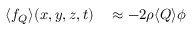
\begin{array} { r l } { \langle { f } _ { Q } \rangle ( x , y , z , t ) } & { { } \approx - 2 \rho \langle { Q } \rangle \phi } \end{array}